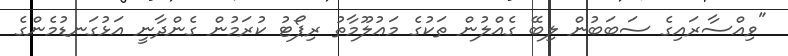
"ވިއްސާރައިގެ ސަބަބުން ލިބޭ ގެއްލުން ތަކުގެ މަޢުލޫމާތު ރިޕޯޓު ކުރަމުން ގެންދާނީ އަޅުގަނޑުމެންގެ